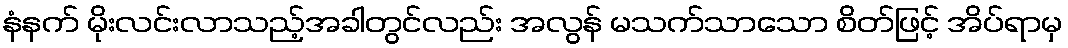
နံနက် မိုးလင်းလာသည့်အခါတွင်လည်း အလွန် မသက်သာသော စိတ်ဖြင့် အိပ်ရာမှ